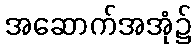
အဆောက်အအုံ၌